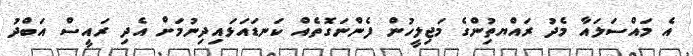
އެ މައްސަލައާ މެދު ރައްޔތިުންގެ މަޖިލީހުން ފެންނަގޮތެއް ކަނޑައަޅައިދިނުމަށް އެދި ރައީސް އަބްދު